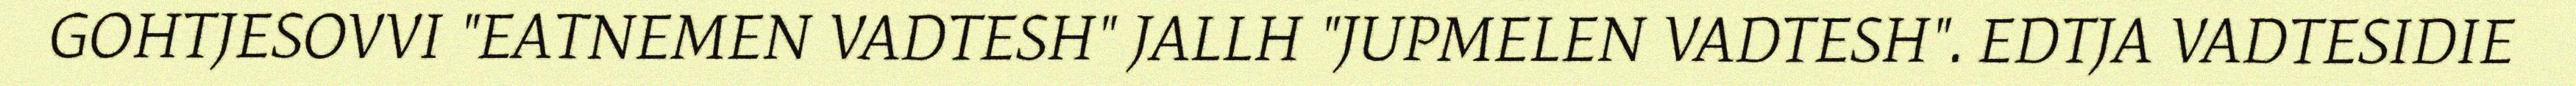
GOHTJESOVVI "EATNEMEN VADTESH" JALLH "JUPMELEN VADTESH". EDTJA VADTESIDIE